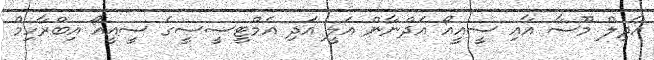
އާދިލް މޫސާ އާއި ސީއީއޯ އަދްނާން އަލީ އަދި އެމްޓީސީސީގެ ސީއީއޯ އިބްރާހިމް